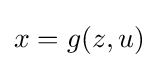
x=g(z,u)